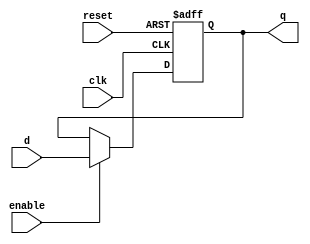
module t_latch(
    input wire clk, // Clock input
    input wire reset, // Reset signal
    input wire enable, // Enable signal
    input wire d, // Data input
    output reg q // Output
);

always @(posedge clk or posedge reset) begin
    if(reset) begin
        q <= 1'b0; // Reset output to 0
    end else begin
        if(enable) begin
            q <= d; // Transfer input data to output on rising edge of clock when enable is high
        end
    end
end

endmodule